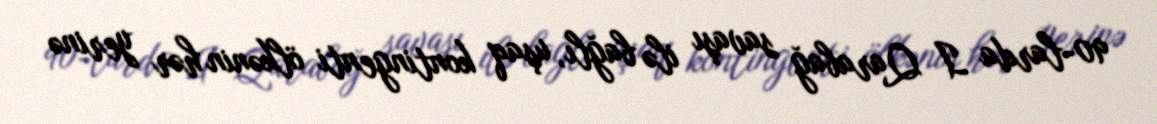
90-larda I Qarabağ savaşı ilə bağlı, uşaq kontingenti ölkənin hər yerinə